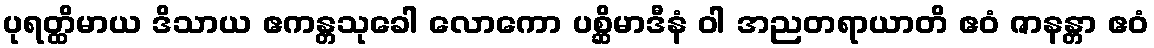
ပုရတ္ထိမာယ ဒိသာယ ဧကန္တသုခေါ လောကော ပစ္ဆိမာဒီနံ ဝါ အညတရာယာတိ ဧဝံ ဇာနန္တာ ဧဝံ